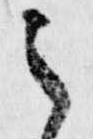
之